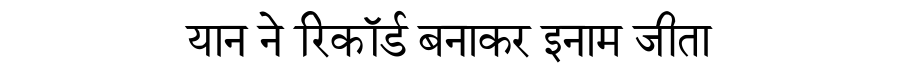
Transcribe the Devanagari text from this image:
यान ने रिकॉर्ड बनाकर इनाम जीता